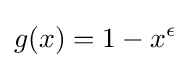
g(x)=1-x^{\epsilon }